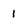
Character: 1